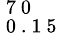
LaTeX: _\mathrm{~0~.~1~5~}^{\mathrm{~7~0~}}